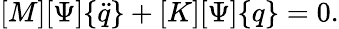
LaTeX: {\left[\begin{array}{l}{M}\end{array}\right]}{\left[\begin{array}{l}{\Psi}\end{array}\right]}{\left\{ \begin{array}{l}{{\ddot{q}}}\end{array}\right\} }+{\left[\begin{array}{l}{K}\end{array}\right]}{\left[\begin{array}{l}{\Psi}\end{array}\right]}{\left\{ \begin{array}{l}{q}\end{array}\right\} }=0.